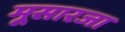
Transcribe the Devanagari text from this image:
मूसारजा